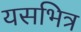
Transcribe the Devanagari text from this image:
यसभित्र